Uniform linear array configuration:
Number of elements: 12
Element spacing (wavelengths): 0.25
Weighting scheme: kaiser
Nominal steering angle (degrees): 60
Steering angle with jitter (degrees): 59.016
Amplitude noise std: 0.05
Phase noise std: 0.05

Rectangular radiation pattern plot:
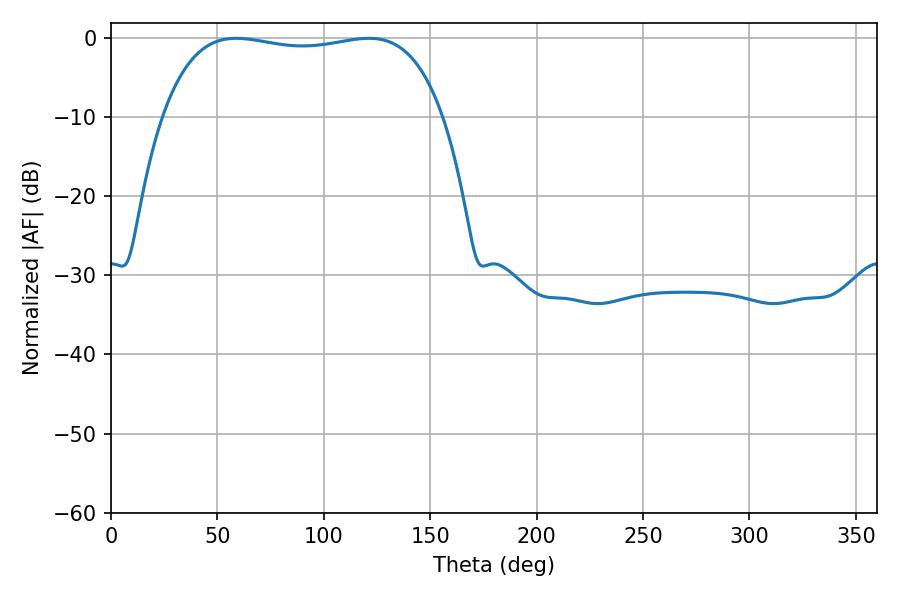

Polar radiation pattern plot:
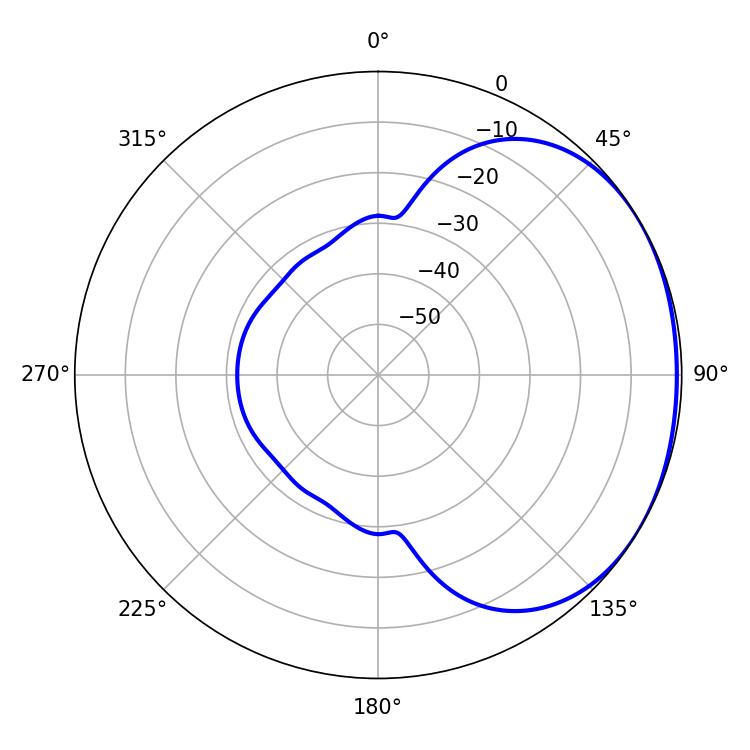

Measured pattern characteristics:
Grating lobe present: FALSE
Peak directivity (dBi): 1.353
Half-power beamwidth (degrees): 105.84
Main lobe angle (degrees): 58.86